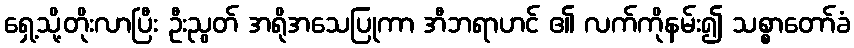
ရှေ့သို့တိုးလာပြီး ဦးညွတ် အရိုအသေပြုကာ အီဘရာဟင် ၏ လက်ကိုနမ်း၍ သစ္စာတော်ခံ